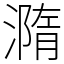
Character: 𣿂